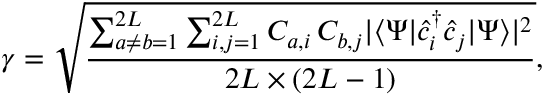
\gamma = \sqrt { \frac { \sum _ { a \neq b = 1 } ^ { 2 L } \sum _ { i , j = 1 } ^ { 2 L } C _ { a , i } \, C _ { b , j } | \langle \Psi | \hat { c } _ { i } ^ { \dagger } \hat { c } _ { j } | \Psi \rangle | ^ { 2 } } { 2 L \times ( 2 L - 1 ) } } ,